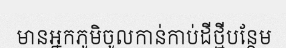
មានអ្នកភូមិចូលកាន់កាប់ដីថ្មីបន្ថែម